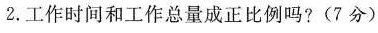
)2.工作时间和工作总量成正比例吗?(7分)